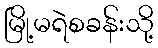
မြို့မရဲစခန်းသို့